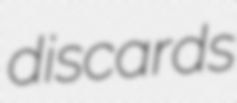
discards